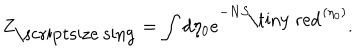
LaTeX: Z _ { \mathrm { \scriptsize ~ s i n g } } = \int d \eta _ { 0 } e ^ { - N S _ { \mathrm { \tiny ~ r e d } } ( \eta _ { 0 } ) } .